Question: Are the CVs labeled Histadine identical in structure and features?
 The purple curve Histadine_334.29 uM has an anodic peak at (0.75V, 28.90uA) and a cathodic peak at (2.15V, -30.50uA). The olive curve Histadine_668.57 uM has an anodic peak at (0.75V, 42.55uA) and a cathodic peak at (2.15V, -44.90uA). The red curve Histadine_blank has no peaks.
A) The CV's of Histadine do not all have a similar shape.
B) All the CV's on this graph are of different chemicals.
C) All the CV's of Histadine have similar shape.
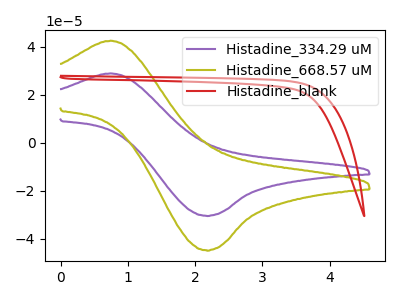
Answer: <think>All the peaks in "Histadine_334.29 uM" have a peak in "Histadine_668.57 uM" at the same potential. Every peak in "Histadine_334.29 uM" is lower than every peak in "Histadine_668.57 uM". "Histadine_334.29 uM" and "Histadine_blank" have a different number of peaks. "Histadine_668.57 uM" and "Histadine_blank" have a different number of peaks.
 </think>
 <answer>C) All the CV's of "Histadine" have similar shape.</answer>
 <eval>C</eval>